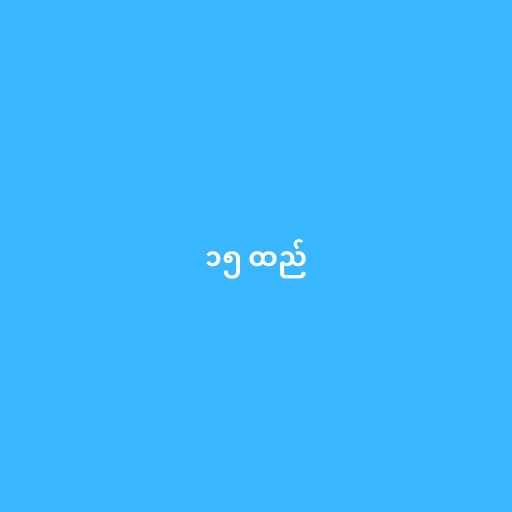
၁၅ ထည်